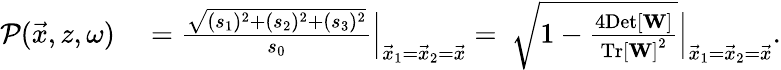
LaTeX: \begin{array}{rl}{\mathcal{P}(\vec{x},z,\omega)}&{{}=\frac{\sqrt{(s_{1})^{2}+(s_{2})^{2}+(s_{3})^{2}}}{s_{0}}\Big|_{\vec{x}_{1}=\vec{x}_{2}=\vec{x}}=~\sqrt{1-\frac{4\mathrm{Det}\left[{\mathbf W}\right]}{\mathrm{Tr}\left[{\mathbf W}\right]^{2}}}\Big|_{\vec{x}_{1}=\vec{x}_{2}=\vec{x}}.}\end{array}